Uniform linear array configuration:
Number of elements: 24
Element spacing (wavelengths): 0.25
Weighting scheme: binomial
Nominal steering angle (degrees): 30
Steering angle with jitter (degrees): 28.944
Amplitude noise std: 0.05
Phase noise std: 0.05

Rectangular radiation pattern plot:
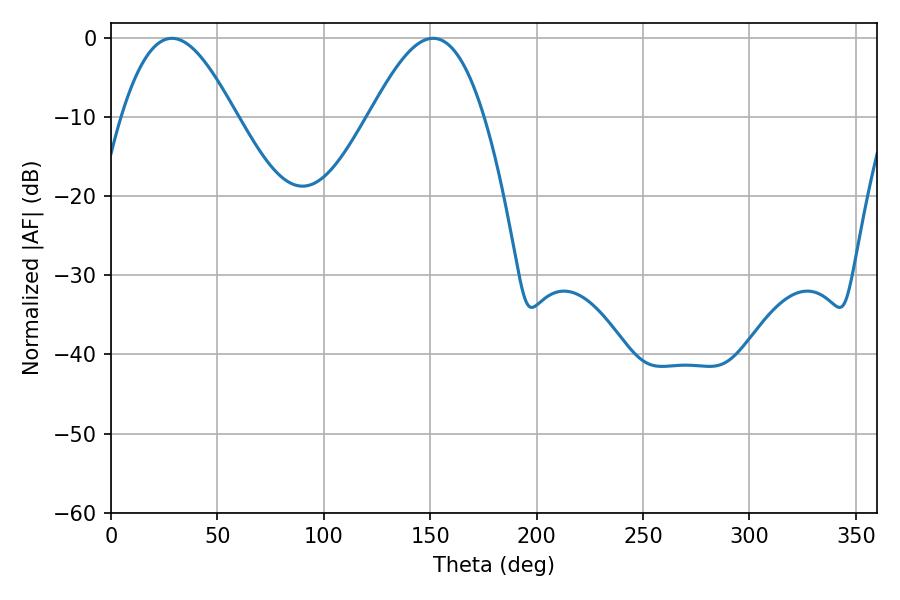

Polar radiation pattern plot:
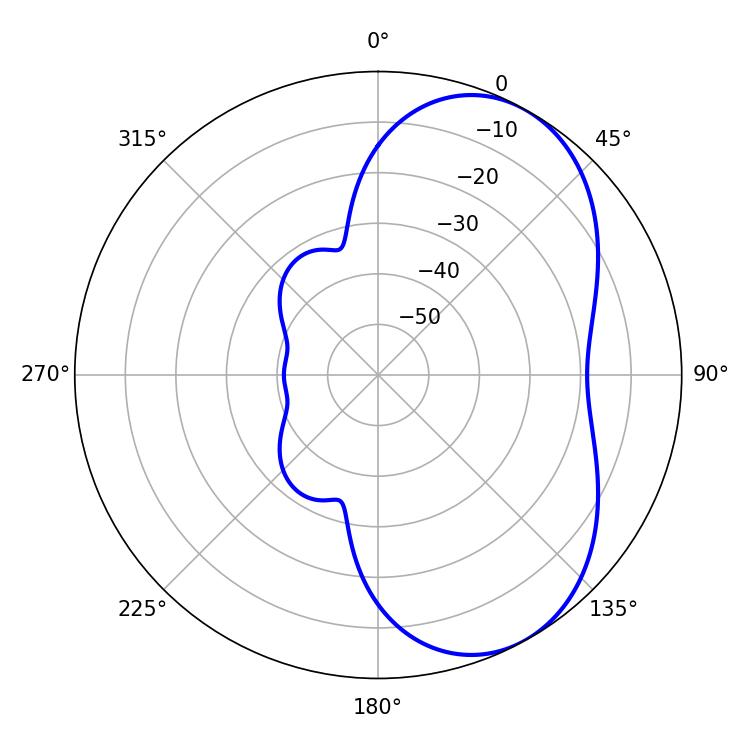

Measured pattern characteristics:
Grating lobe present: FALSE
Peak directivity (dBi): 5.508
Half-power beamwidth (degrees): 28.98
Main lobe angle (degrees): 28.62